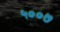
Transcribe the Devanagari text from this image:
५००७